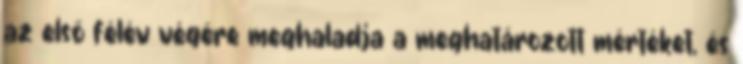
az első félév végére meghaladja a meghatározott mértéket, és